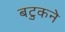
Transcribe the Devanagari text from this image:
बटुकने